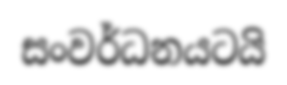
සංවර්ධනයටයි